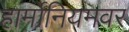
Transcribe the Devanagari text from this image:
हार्मोनियमवर